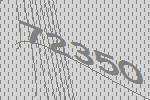
72350